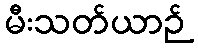
မီးသတ်ယာဉ်